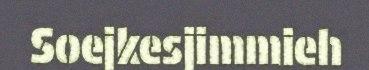
Soejkesjimmieh